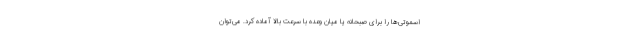
اسموتی‌ها را برای صبحانه یا میان وعده با سرعت بالا آماده کرد. می‌توان